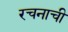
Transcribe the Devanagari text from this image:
रचनाची